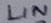
Text: LIN